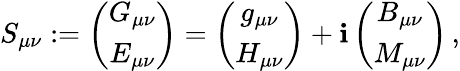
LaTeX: S_{\mu\nu}:=\left(\begin{array}{c}{{G_{\mu\nu}}}\\ {{E_{\mu\nu}}}\end{array}\right)=\left(\begin{array}{c}{{g_{\mu\nu}}}\\ {{H_{\mu\nu}}}\end{array}\right)+\mathbf{i}\left(\begin{array}{c}{{B_{\mu\nu}}}\\ {{M_{\mu\nu}}}\end{array}\right)\, ,